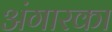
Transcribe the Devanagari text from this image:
अंगारका